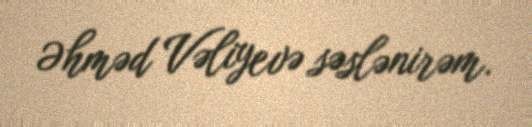
Əhməd Vəliyevə səslənirəm.